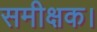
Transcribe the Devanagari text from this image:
समीक्षक।